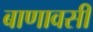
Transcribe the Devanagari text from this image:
बाणावसी